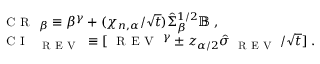
\begin{array} { r l } & { { \small \textsc { { C R } } } _ { \beta } \equiv \beta ^ { \gamma } + ( \chi _ { n , \alpha } / \sqrt { t } ) \hat { \Sigma } _ { \beta } ^ { 1 / 2 } { \mathbb B } \; , } \\ & { { \small \textsc { { C I } } } _ { \small \textsc { { R E V } } } \equiv [ { \small \textsc { { R E V } } } ^ { \gamma } \pm z _ { \alpha / 2 } \hat { \sigma } _ { { \small \textsc { { R E V } } } } / \sqrt t ] \; . } \end{array}